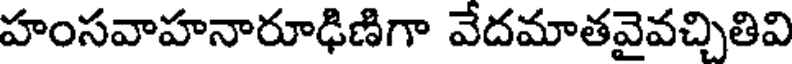
హంసవాహనారూఢిణిగా వేదమాతవైవచ్చితివి